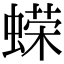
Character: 蝾